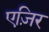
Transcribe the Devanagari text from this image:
एज़िर